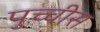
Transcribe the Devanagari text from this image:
पुच्चीस